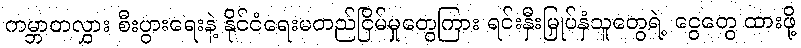
ကမ္ဘာတလွှား စီးပွားရေးနဲ့ နိုင်ငံရေးမတည်ငြိမ်မှုတွေကြား ရင်းနှီးမြှုပ်နှံသူတွေရဲ့ ငွေတွေ ထားဖို့